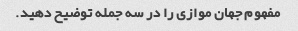
مفهوم جهان موازی را در سه جمله توضیح دهید.